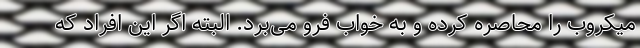
میکروب را محاصره کرده و به خواب فرو می‌برد. البته اگر این افراد که